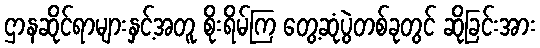
ဌာနဆိုင်ရာများနှင့်အတူ စိုးရိမ်ကြ တွေ့ဆုံပွဲတစ်ခုတွင် ဆိုခြင်းအား